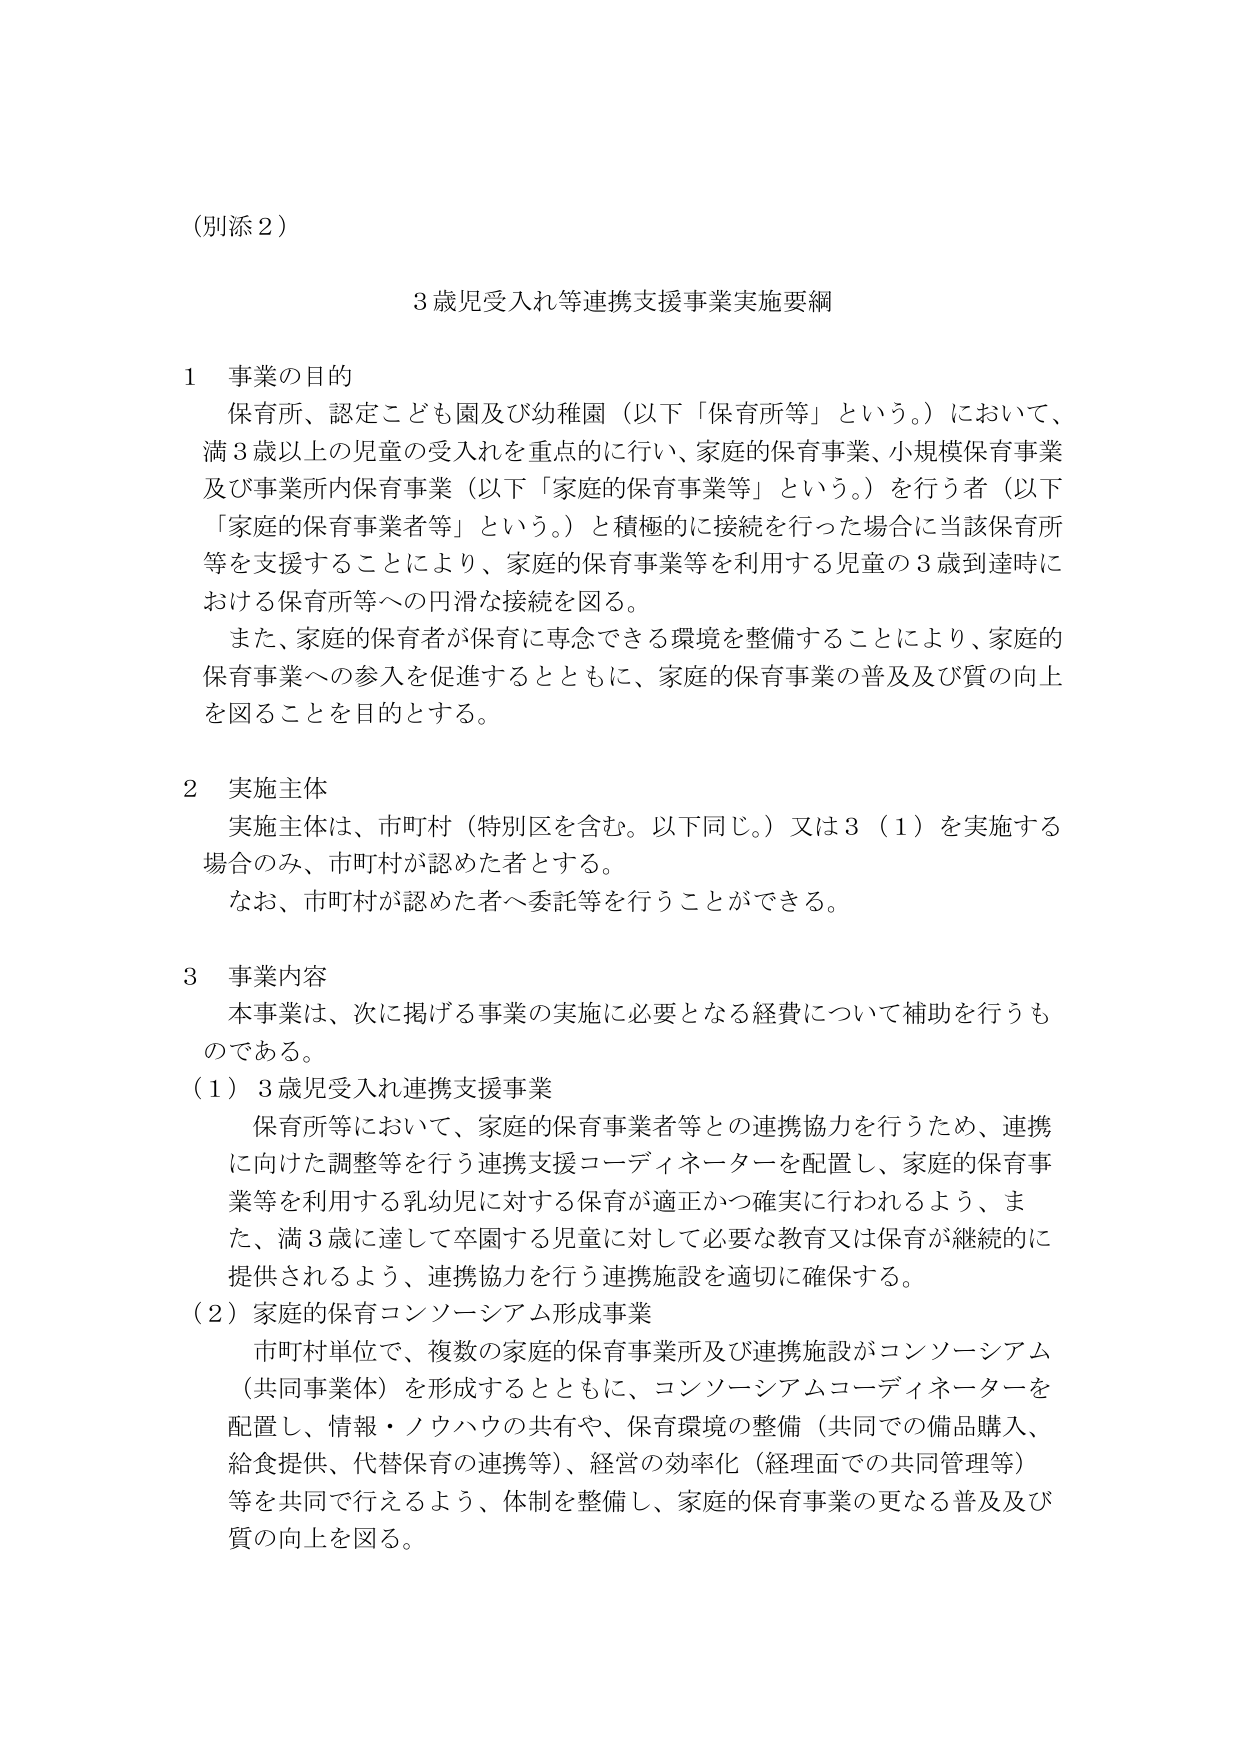
（別添２）

３歳児受入れ等連携支援事業実施要綱

１ 事業の目的
保育所、認定こども園及び幼稚園（以下「保育所等」という。）において、
満３歳以上の児童の受入れを重点的に行い、家庭的保育事業、小規模保育事業
及び事業所内保育事業（以下「家庭的保育事業等」という。）を行う者（以下
「家庭的保育事業者等」という。）と積極的に接続を行った場合に当該保育所
等を支援することにより、家庭的保育事業等を利用する児童の３歳到達時に
おける保育所等への円滑な接続を図る。
また、家庭的保育者が保育に専念できる環境を整備することにより、家庭的
保育事業への参入を促進するとともに、家庭的保育事業の普及及び質の向上
を図ることを目的とする。

２ 実施主体
実施主体は、市町村（特別区を含む。以下同じ。）又は３（１）を実施する
場合のみ、市町村が認めた者とする。
なお、市町村が認めた者へ委託等を行うことができる。

３ 事業内容
本事業は、次に掲げる事業の実施に必要となる経費について補助を行うも
のである。
（１）３歳児受入れ連携支援事業
保育所等において、家庭的保育事業者等との連携協力を行うため、連携
に向けた調整等を行う連携支援コーディネーターを配置し、家庭的保育事
業等を利用する乳幼児に対する保育が適正かつ確実に行われるよう、ま
た、満３歳に達して卒園する児童に対して必要な教育又は保育が継続的に
提供されるよう、連携協力を行う連携施設を適切に確保する。
（２）家庭的保育コンソーシアム形成事業
市町村単位で、複数の家庭的保育事業所及び連携施設がコンソーシアム
（共同事業体）を形成するとともに、コンソーシアムコーディネーターを
配置し、情報・ノウハウの共有や、保育環境の整備（共同での備品購入、
給食提供、代替保育の連携等）、経営の効率化（経理面での共同管理等）
等を共同で行えるよう、体制を整備し、家庭的保育事業の更なる普及及び
質の向上を図る。